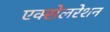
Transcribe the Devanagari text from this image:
एक्‍सेलरेशन